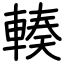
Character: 輳